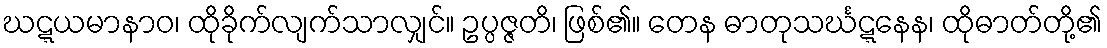
ဃဋ္ဋယမာနာဝ၊ ထိုခိုက်လျက်သာလျှင်။ ဥပ္ပဇ္ဇတိ၊ ဖြစ်၏။ တေန ဓာတုသင်္ဃဋ္ဋနေန၊ ထိုဓာတ်တို့၏